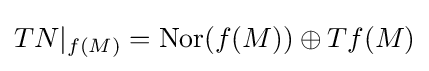
TN|_{f(M)}=\operatorname {Nor} (f(M))\oplus Tf(M)